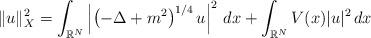
LaTeX: \begin{align*}\|u\|_X^2 = \int_{\mathbb{R}^N} \left| \left(-\Delta+m^2 \right)^{1/4} u \right|^2 \, dx + \int_{\mathbb{R}^N} V(x) |u|^2 \, dx\end{align*}